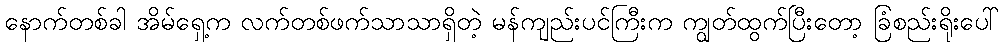
နောက်တစ်ခါ အိမ်ရှေ့က လက်တစ်ဖက်သာသာရှိတဲ့ မန်ကျည်းပင်ကြီးက ကျွတ်ထွက်ပြီးတော့ ခြံစည်းရိုးပေါ်